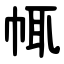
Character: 㡇